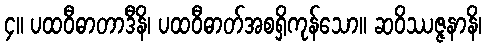
၄။ ပထဝီဓာတာဒီနိ၊ ပထဝီဓာတ်အစရှိကုန်သော။ ဆဝိဿဇ္ဇနာနိ၊